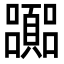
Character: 嚻